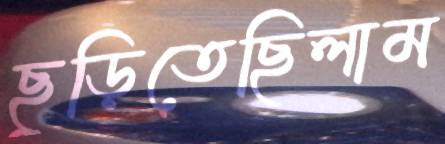
ছুড়িতেছিলাম